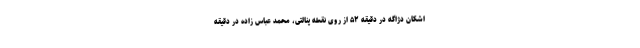
اشکان دژاگه در دقیقه ۵۲ از روی نقطه پنالتی، محمد عباس زاده در دقیقه